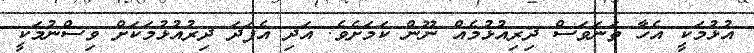
އުޅުމަކީ އެހާ ތަނަވަސް ދިރިއުޅުމެއް ނޫން ކަަމަށެވެ. އަދި އެފަދަ ދިރުއުޅުމަކަށް ވިސްނުމަކީ